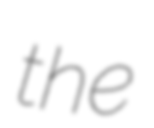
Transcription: the